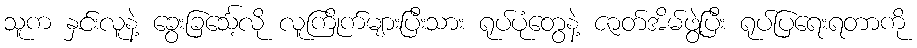
သူက နှင်းလူနဲ့ ခွေးခြင်္သေ့လို လူကြိုက်များပြီးသား ရုပ်ပုံတွေနဲ့ ဇာတ်အိမ်ဖွဲ့ပြီး ရုပ်ပြရေးရတာကို